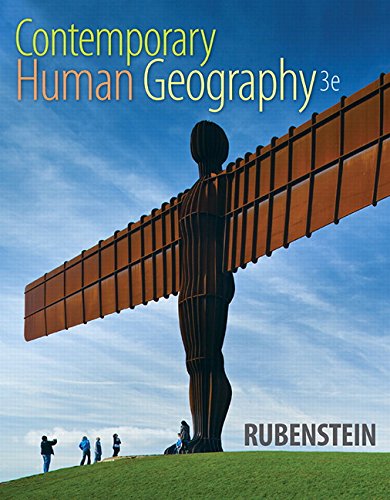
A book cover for Contemporary Human Geography (3rd Edition); James M. Rubenstein; Politics & Social Sciences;